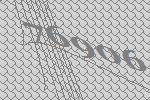
76906